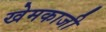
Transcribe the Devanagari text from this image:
खेमकाजी